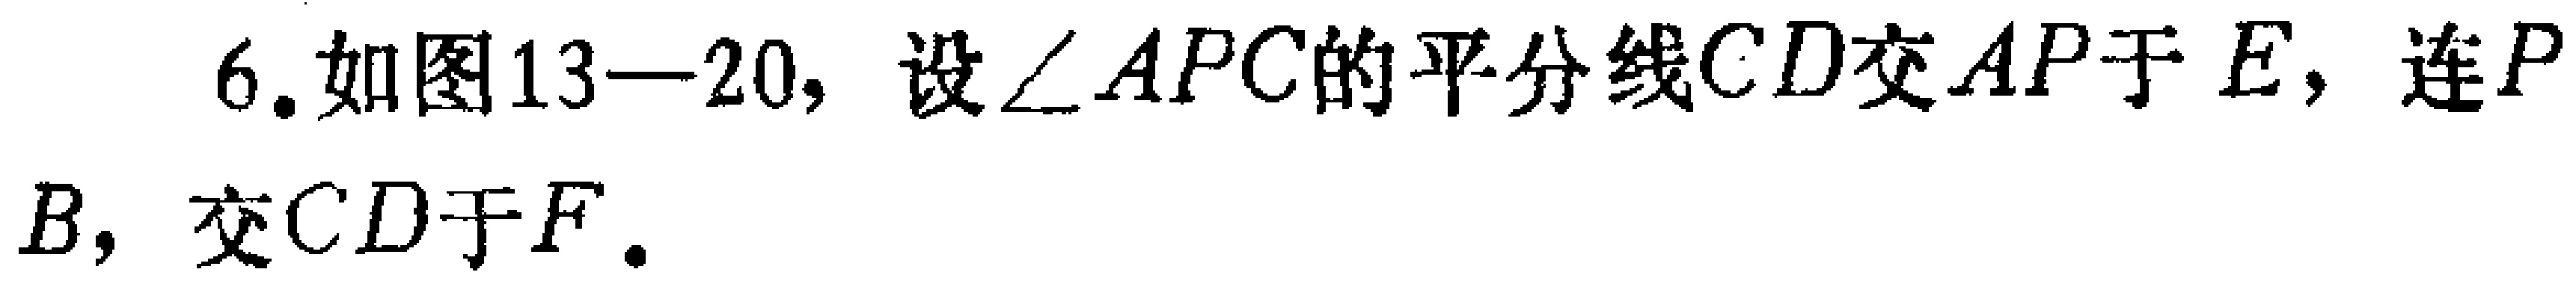
6.如图13—20，设\(\angle APC\)的平分线\(CD\)交\(AP\)于\(E\)，连\(PB\)，交\(CD\)于\(F\).